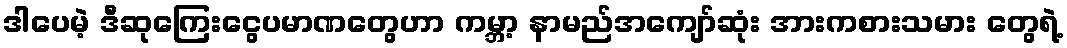
ဒါပေမဲ့ ဒီဆုကြေးငွေပမာဏတွေဟာ ကမ္ဘာ့ နာမည်အကျော်ဆုံး အားကစားသမား တွေရဲ့